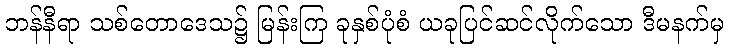
ဘန်နီရာ သစ်တောဒေသ၌ မြန်းကြ ခုနှစ်ပုံစံ ယခုပြင်ဆင်လိုက်သော ဒီမနက်မှ